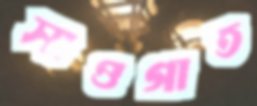
সাওগাত